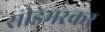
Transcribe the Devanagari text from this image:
सीडेमरकर